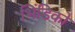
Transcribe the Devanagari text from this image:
भिंडिको